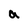
Character: a